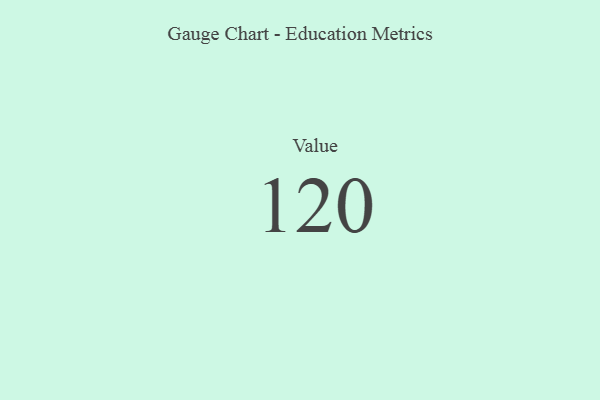
{"axis": {"x": "Metric", "y": "Value"}, "legend": [""], "data": [{"x": "Value", "y": 120, "type": ""}]}